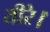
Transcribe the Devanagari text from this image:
तीरे।